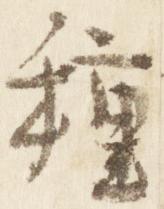
種